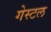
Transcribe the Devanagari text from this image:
गेस्टल